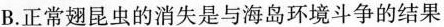
B.正常翅昆虫的消失是与海岛环境斗争的结果